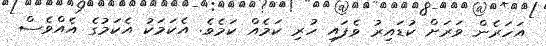
އަހަރެން ވަރަށް ކުޑައިރު ވެފައި ހުރި ކަމެއް ކަމެވެ. އެކަމަކު އެކަމުގެ އެއްވެސް